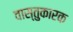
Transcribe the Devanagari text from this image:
वास्तुकारक